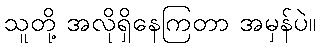
သူတို့ အလိုရှိနေကြတာ အမှန်ပဲ။